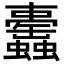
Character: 𧕰